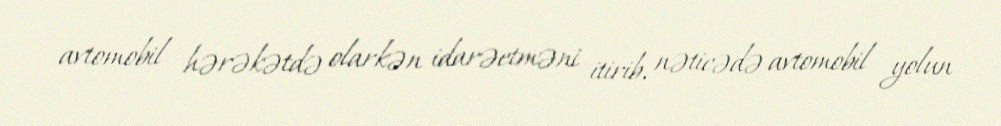
avtomobil hərəkətdə olarkən idarəetməni itirib, nəticədə avtomobil yolun